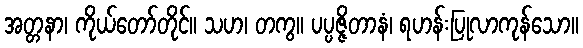
အတ္တနာ၊ ကိုယ်တော်တိုင်။ သဟ၊ တကွ။ ပပ္ပဇ္ဇိတာနံ၊ ရဟန်းပြုလာကုန်သော။